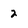
Character: 2